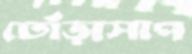
ঢোঁড়াসাপ